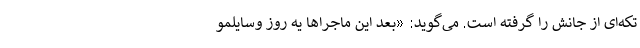
تکه‌ای از جانش را گرفته است. می‌گوید: «بعد این ماجراها یه روز وسایلمو